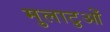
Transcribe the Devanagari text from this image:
मुलाटुओं